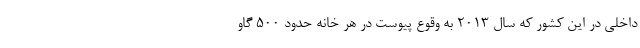
داخلی در این کشور که سال ۲۰۱۳ به وقوع پیوست در هر خانه حدود ۵۰۰ گاو